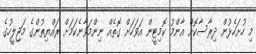
މި ހުށަހެޅުން ދިރާސާކޮށް އާންމު ކޮމިޓީން އަވަހަށް ގޮތެއް ނިންމަވާނެކަމަށް ރައްޔިތުންގެ މަޖިލީހުގެ